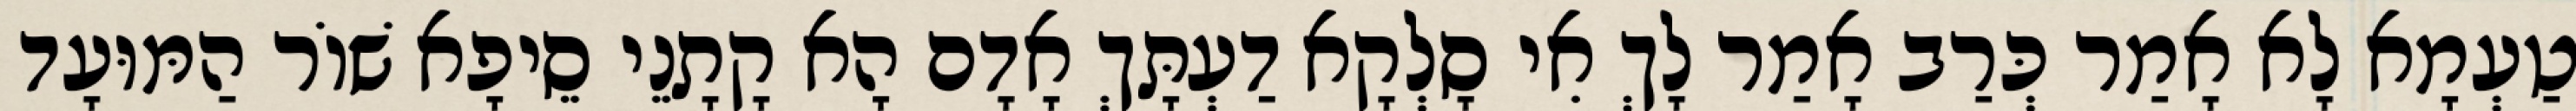
טַעְמָא לָא אָמַר כְּרַב אָמַר לָךְ אִי סָלְקָא דַעְתָּךְ אָדָם הָא קָתָנֵי סֵיפָא שׁוֹר הַמּוּעָד